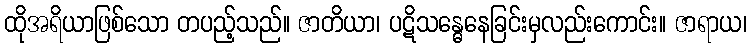
ထိုအရိယာဖြစ်သော တပည့်သည်။ ဇာတိယာ၊ ပဋိသန္ဓေနေခြင်းမှလည်းကောင်း။ ဇာရာယ၊